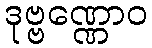
ဒုဗ္ဗဏ္ဏောဝ